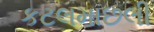
કટલમાછલી